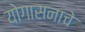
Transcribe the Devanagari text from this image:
योगासनाचे